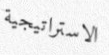
الاستراتيجية